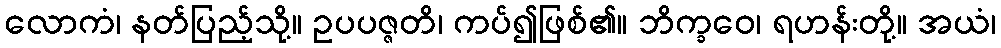
လောကံ၊ နတ်ပြည့်သို့။ ဥပပဇ္ဇတိ၊ ကပ်၍ဖြစ်၏။ ဘိက္ခဝေ၊ ရဟန်းတို့။ အယံ၊